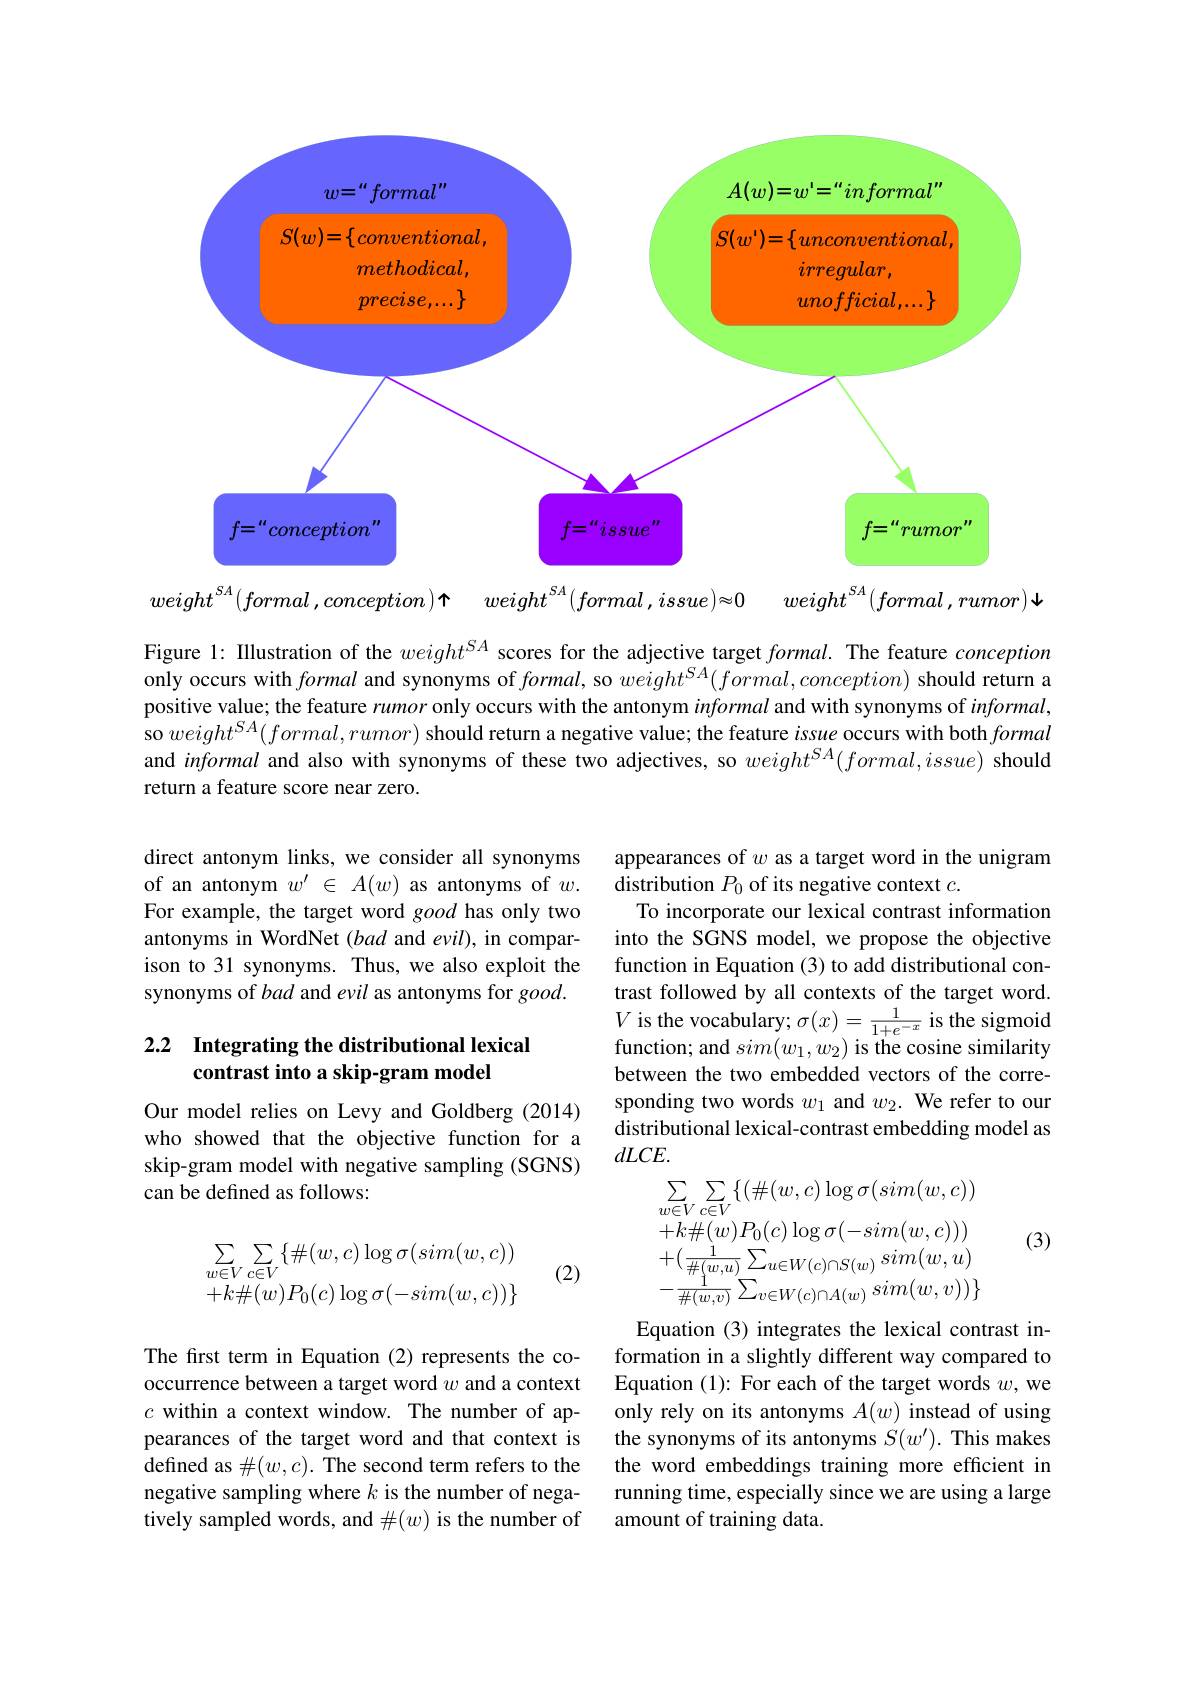
<FigureHere>
$weight^{SA}(formal,conception)$ጥ $weight^SA( formal, issue) \approx 0$
$weight^{SA}(formal,rumor)\downarrow$

Figure 1: Illustration of the $weight^{SA}$ scores for the adjective target $formal.$ The feature conception only occurs with formal and synonyms of $formal$, so $weight^{SA}(formal,conception)$ should return a positive value; the feature rumor only occurs with the antonym informal and with synonyms of $informal$, so $weight^{SA}(formal,rumor)$ should return a negative value; the feature issue occurs with both formal and informal and also with synonyms of these two adjectives, so $weight^{SA}(formal,issue)$ should return a feature score near zero.

direct antonym links, we consider all synonyms of an antonym $w^\prime\in A(w)$ as antonyms of $w.$ For example, the target word good has only two antonyms in WordNet $(bad$ and evil), in comparison to 31 synonyms. Thus, we also exploit the synonyms of bad and evil as antonyms for good.

appearances of $w$ as a target word in the unigram
distribution $P_0$ of its negative context $c.$
To incorporate our lexical contrast information into the SGNS model, we propose the objective function in Equation (3) to add distributional contrast followed by all contexts of the target word. $V$ is the vocabulary; $\sigma(x)=\frac1{1+e^{-x}}$ is the sigmoidfunction: and cim$(w_0,w_0)$ is tha cocina cimilaritv function; and $sim(w_1,w_2)$ is the cosine similarity between the two embedded vectors of the corresponding two words $w_1$ and $w_2.$ We refer to our distributional lexical-contrast embedding model as $dLCE.$

## 2.2 $\textbf{Integrating the distributional lexical}$ contrast into a skip-gram model

Our model relies on Levy and Goldberg (2014) who showed that the objective function for a skip-gram model with negative sampling (SGNS) can be defined as follows:

(3)
$$\sum_{w\in V}\sum_{c\in V}\{(\#(w,c)\log\sigma(sim(w,c))\\+k\#(w)P_{0}(c)\log\sigma(-sim(w,c)))\\+(\frac{1}{\#(w,u)}\sum_{u\in W(c)\cap S(w)}sim(w,u)\\-\frac{1}{\#(w,v)}\sum_{v\in W(c)\cap A(w)}sim(w,v))\}$$
$$\sum\limits_{w\in V}\sum\limits_{c\in V}\{\#(w,c)\log\sigma(sim(w,c))\\+k\#(w)P_0(c)\log\sigma(-sim(w,c))\}$$
(2)

Equation (3) integrates the lexical contrast information in a slightly different way compared to Equation (1): For each of the target words $w$, we only rely on its antonyms $A(w)$ instead of using the synonyms of its antonyms $S(w^{\prime}).$ This makes the word embeddings training more efficient in running time, especially since we are using a large amount of training data.

The first term in Equation (2) represents the cooccurrence between a target word $w$ and a context $c$ within a context window. The number of appearances of the target word and that context is defined as $\#(w,c).$ The second term refers to the negative sampling where $k$ is the number of negatively sampled words, and $\#(w)$ is the number of